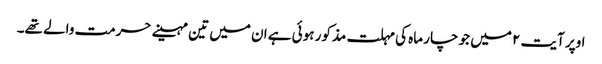
اوپر آیت ۲ میں جو چار ماہ کی مہلت مذکور ہوئی ہے ان میں تین مہینے حرمت والے تھے۔